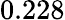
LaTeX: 0.228